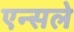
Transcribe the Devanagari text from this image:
एन्सले